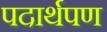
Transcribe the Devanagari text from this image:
पदार्थपण